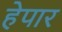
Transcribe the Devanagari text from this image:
हेपार